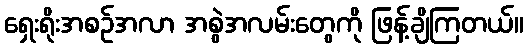
ရှေးရိုးအစဉ်အလာ အစွဲအလမ်းတွေကို ဖြန့်ချိကြတယ်။